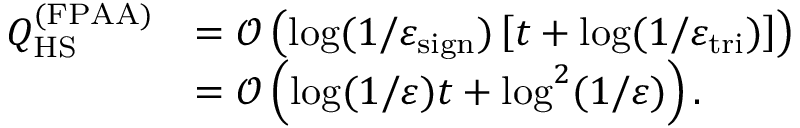
\begin{array} { r l } { Q _ { \mathrm { H S } } ^ { ( \mathrm { F P A A } ) } } & { = \mathcal { O } \left( \log ( 1 / \varepsilon _ { \mathrm { s i g n } } ) \left[ t + \log ( 1 / \varepsilon _ { \mathrm { t r i } } ) \right] \right) } \\ & { = \mathcal { O } \left( \log ( 1 / \varepsilon ) t + \log ^ { 2 } ( 1 / \varepsilon ) \right) . } \end{array}